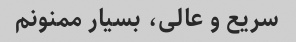
سریع و عالی، بسیار ممنونم